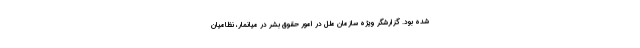
شده بود. گزارشگر ویژه سازمان ملل در امور حقوق بشر در میانمار، نظامیانِ